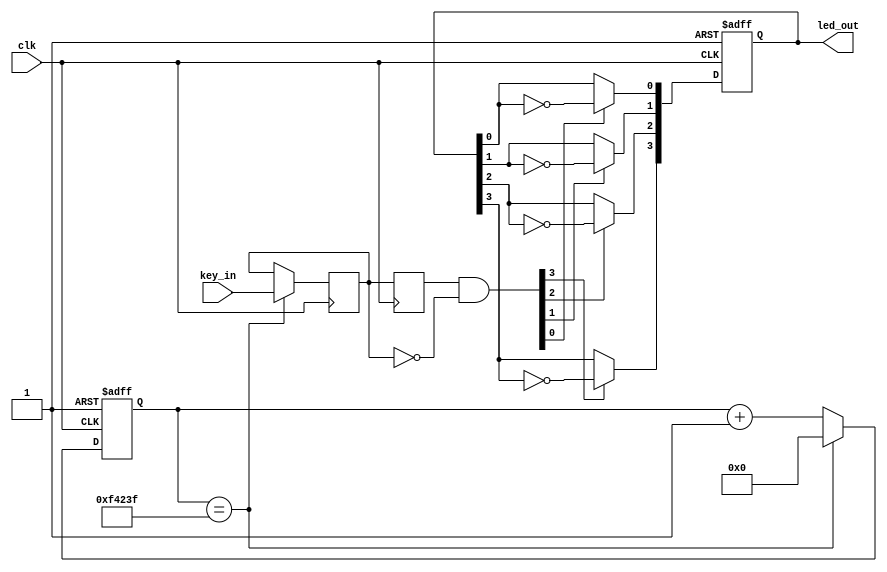

`timescale 1ns/1ps

module key_test(
				clk,	//50MHz
				key_in, //reset,key1~3
				led_out
);
//--------------------------------------------
//Port declarations
//---------------------------------------------------
input clk;
input [3:0] key_in;
output [3:0] led_out;

wire rst_n=1'b1;

reg [19:0] count;
reg [3:0] key_scan;

//-----------------------------------------
//20ms
//----------------------------------------------------
always @(posedge clk or negedge rst_n)
begin
	if(!rst_n) count<=20'd0;
	else 
	begin
		if(count==20'd999_999) //20ms20ms,(50M/50-1=999_999)
			begin
				count<=20'd0; //20ms,
				key_scan<=key_in; //
			end
		else
			count<=count+20'd1;
	end	
end

//
reg [3:0] key_scan_r;
always @(posedge clk)
	key_scan_r<=key_scan;
	
wire [3:0] flag_key=key_scan_r[3:0] & (~key_scan[3:0]);

//LEDLED
reg [3:0] temp_led;
always @(posedge clk or negedge rst_n)
begin
	if(!rst_n) temp_led<=4'b0000;// LED
	else
		begin
			if(flag_key[0]) temp_led[0]<=~temp_led[0];
			if(flag_key[1]) temp_led[1]<=~temp_led[1];
			if(flag_key[2]) temp_led[2]<=~temp_led[2];
			if(flag_key[3]) temp_led[3]<=~temp_led[3];
		end
end

assign led_out=temp_led;


endmodule